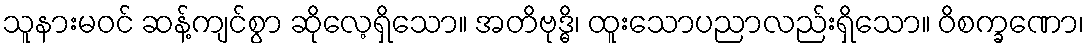
သူနားမဝင် ဆန့်ကျင်စွာ ဆိုလေ့ရှိသော။ အတိဗုဒ္ဓိ၊ ထူးသောပညာလည်းရှိသော။ ဝိစက္ခဏော၊